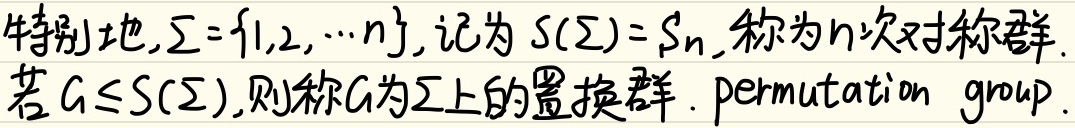
特别地，\(\Sigma = \{1,2,\cdots,n\}\)，记为 \(S(\Sigma)=S_{n}\)，称为\(n\)次对称群。若 \(G\leq S(\Sigma)\)，则称\(G\)为\(\Sigma\)上的置换群（permutation group）。